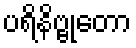
ပရိနိဗ္ဗုတော